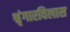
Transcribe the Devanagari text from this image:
श्रृंगारविलास